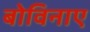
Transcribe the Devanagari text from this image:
बोविनाए